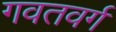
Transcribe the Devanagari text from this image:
गवतवर्ग